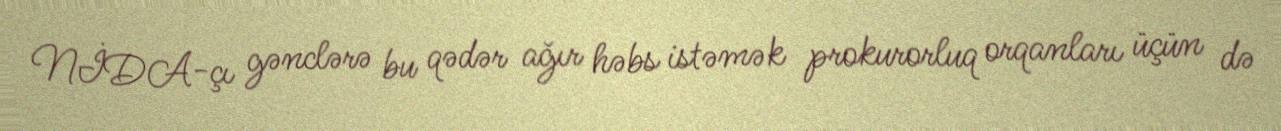
NİDA-çı gənclərə bu qədər ağır həbs istəmək prokurorluq orqanları üçün də